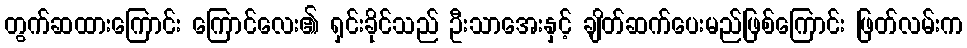
တွက်ဆထားကြောင်း ကြောင်လေး၏ ရှင်းခိုင်သည် ဦးသာအေးနှင့် ချိတ်ဆက်ပေးမည်ဖြစ်ကြောင်း ဖြတ်လမ်းက